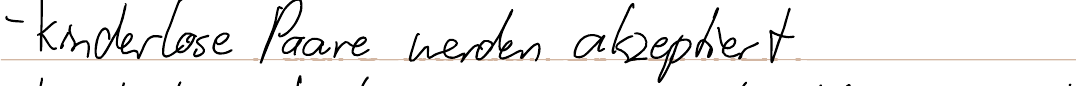
- kinderlose Paare werden akzeptiert